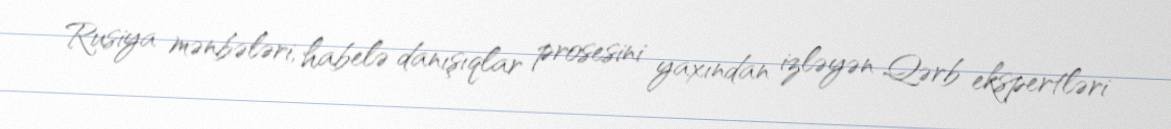
Rusiya mənbələri, habelə danışıqlar prosesini yaxından izləyən Qərb ekspertləri